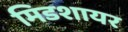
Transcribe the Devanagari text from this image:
मिडशायर